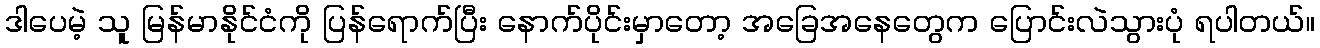
ဒါပေမဲ့ သူ မြန်မာနိုင်ငံကို ပြန်ရောက်ပြီး နောက်ပိုင်းမှာတော့ အခြေအနေတွေက ပြောင်းလဲသွားပုံ ရပါတယ်။